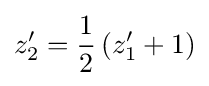
z'_{2}={\frac {1}{2}}\left(z'_{1}+1\right)